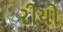
રીયો